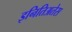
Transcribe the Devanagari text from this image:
इनितिअतेस